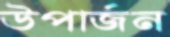
উপার্জন